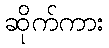
ဆိုက်ကား